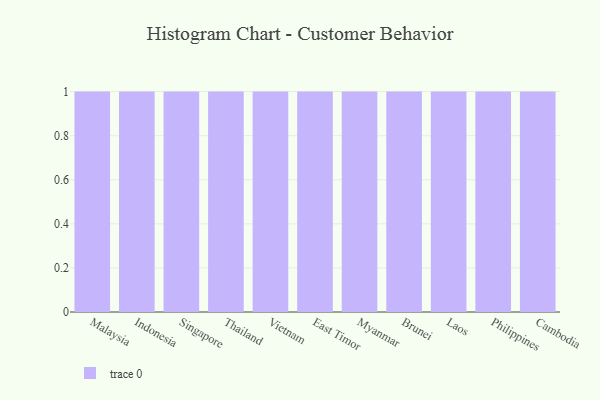
{"axis": {"x": "Country", "y": "Market Share (%)"}, "legend": [""], "data": [{"x": "Malaysia", "y": 96, "type": ""}, {"x": "Indonesia", "y": 14, "type": ""}, {"x": "Singapore", "y": 43, "type": ""}, {"x": "Thailand", "y": 14, "type": ""}, {"x": "Vietnam", "y": 41, "type": ""}, {"x": "East Timor", "y": 70, "type": ""}, {"x": "Myanmar", "y": 13, "type": ""}, {"x": "Brunei", "y": 90, "type": ""}, {"x": "Laos", "y": 7, "type": ""}, {"x": "Philippines", "y": 67, "type": ""}, {"x": "Cambodia", "y": 84, "type": ""}]}